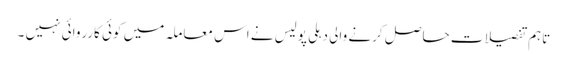
تاہم تفصیلات حاصل کرنے والی دہلی پولیس نے اس معاملہ میں کوئی کارروائی نہیں ۔